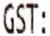
GST: